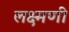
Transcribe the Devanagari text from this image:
लक्ष्मणी